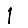
Digit: 1